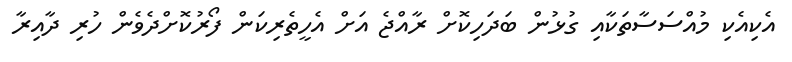
އެކިއެކި މުއްސަސާތަކާއި ގުޅުން ބަދަހިކޮށް ރާއްޖެ އަށް އެހީތެރިކަން ފޯރުކޮށްދެވެން ހުރި ދާއިރާ